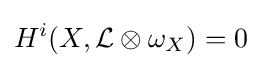
H^{i}(X,{\mathcal {L}}\otimes \omega _{X})=0